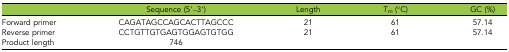
<table><thead><tr><td></td><td><b>Sequence (5′–3′)</b></td><td><b>Length</b></td><td><b><i>T<sub>m</sub></i> (°C)</b></td><td><b>GC (%)</b></td></tr></thead><tbody><tr><td>Forward primer</td><td>CAGATAGCCAGCACTTAGCCC</td><td>21</td><td>61</td><td>57.14</td></tr><tr><td>Reverse primer</td><td>CCTGTTGTGAGTGGAGTGTGG</td><td>21</td><td>61</td><td>57.14</td></tr><tr><td>Product length</td><td>746</td><td></td><td></td><td></td></tr></tbody></table>